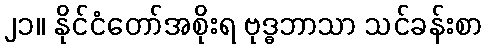
၂၁။ နိုင်ငံတော်အစိုးရ ဗုဒ္ဓဘာသာ သင်ခန်းစာ